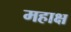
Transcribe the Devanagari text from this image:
महाक्ष